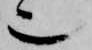
也